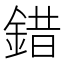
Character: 錯